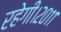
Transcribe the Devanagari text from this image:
रहेगी।२०११